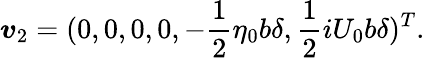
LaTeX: \boldsymbol{v}_{2}=(0,0,0,0,-\frac{1}{2}\eta_{0}b\delta,\frac{1}{2}iU_{0}b\delta)^{T}.